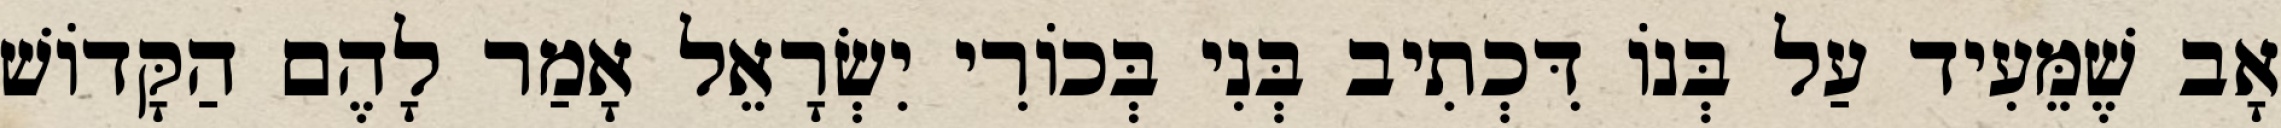
אָב שֶׁמֵּעִיד עַל בְּנוֹ דִּכְתִיב בְּנִי בְּכוֹרִי יִשְׂרָאֵל אָמַר לָהֶם הַקָּדוֹשׁ